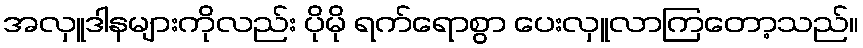
အလှူဒါနများကိုလည်း ပိုမို ရက်ရောစွာ ပေးလှူလာကြတော့သည်။